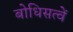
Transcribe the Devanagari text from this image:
बोधिसत्वें